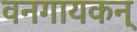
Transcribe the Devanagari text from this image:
वनगायकन्